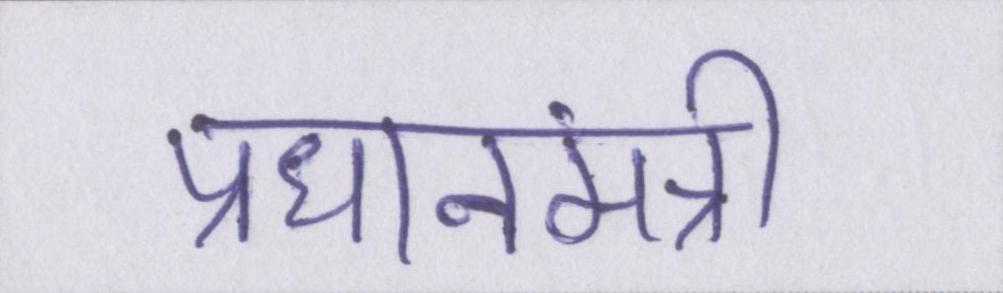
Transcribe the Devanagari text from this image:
प्रधानमंत्री